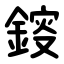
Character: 䤹